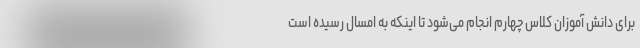
برای دانش آموزان کلاس چهارم انجام می‌شود تا اینکه به امسال رسیده است